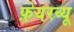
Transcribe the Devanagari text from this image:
फ़ेयरव्यू